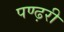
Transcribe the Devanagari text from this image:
पण्ढ़री